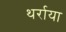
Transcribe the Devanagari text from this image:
थर्राया